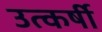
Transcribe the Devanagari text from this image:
उत्कर्षी